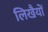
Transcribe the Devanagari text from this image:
लिखैयों